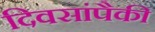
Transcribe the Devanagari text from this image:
दिवसांंपैकी